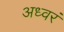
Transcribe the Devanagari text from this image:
अध्वरं